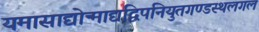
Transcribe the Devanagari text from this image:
यमासाद्योन्माद्यद्विपनियुतगण्डस्थलगल